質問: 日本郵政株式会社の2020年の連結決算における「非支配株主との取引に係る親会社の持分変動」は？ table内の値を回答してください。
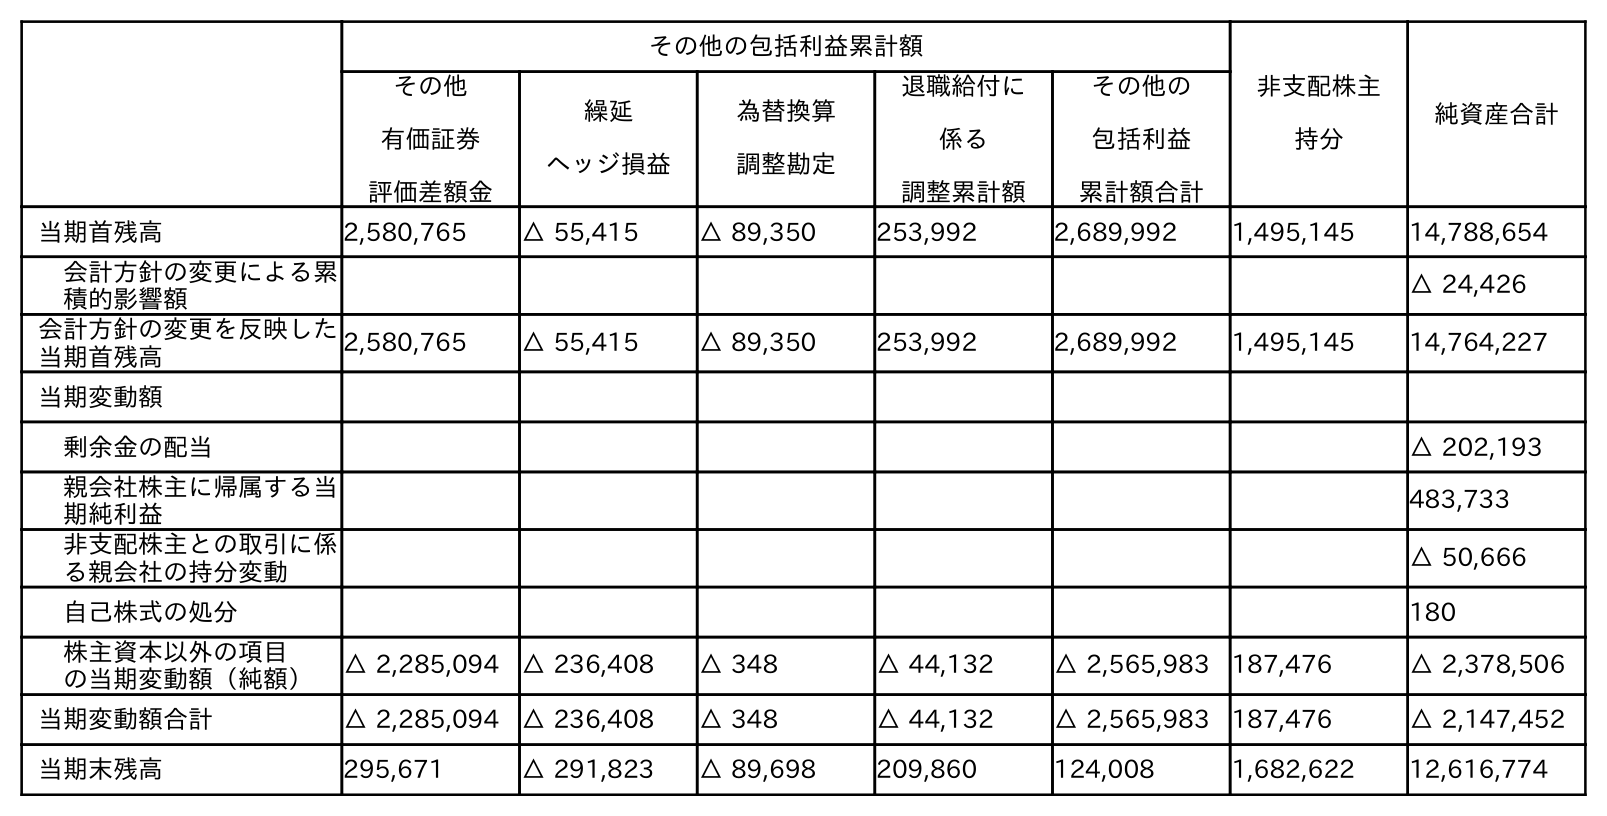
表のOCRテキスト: その他の包括利益累計額 非支配株主 持分 純資産合計 その他 有価証券 評価差額金 繰延 ヘッジ損益 為替換算 調整勘定 退職給付に 係る 調整累計額 その他の 包括利益 累計額合計 当期首残高 2,580,765 △ 55,415 △ 89,350 253,992 2,689,992 1,495,145 14,788,654 会計方針の変更による累 積的影響額 △ 24,426 会計方針の変更を反映した 当期首残高 2,580,765 △ 55,415 △ 89,350 253,992 2,689,992 1,495,145 14,764,227 当期変動額 剰余金の配当 △ 202,193 親会社株主に帰属する当 期純利益 483,733 非支配株主との取引に係 る親会社の持分変動 △ 50,666 自己株式の処分 180 株主資本以外の項目 の当期変動額（純額） △ 2,285,094 △ 236,408 △ 348 △ 44,132 △ 2,565,983 187,476 △ 2,378,506 当期変動額合計 △ 2,285,094 △ 236,408 △ 348 △ 44,132 △ 2,565,983 187,476 △ 2,147,452 当期末残高 295,671 △ 291,823 △ 89,698 209,860 124,008 1,682,622 12,616,774
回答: △50,666